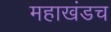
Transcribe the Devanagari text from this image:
महाखंडच